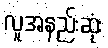
လူအနည်းဆုံး